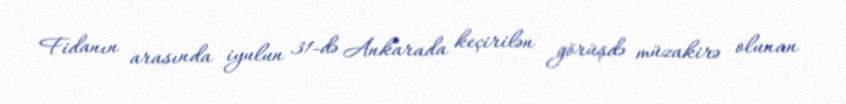
Fidanın arasında iyulun 31-də Ankarada keçirilən görüşdə müzakirə olunan